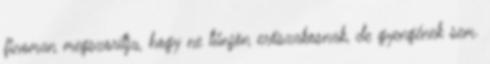
finoman megszorítja, hogy ne tűnjön erőszakosnak, de gyengének sem.